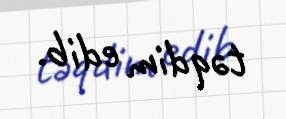
təqdim edib.